Indian journal of veterinary science and animal husbandry - Volume 13,
Year: 1943
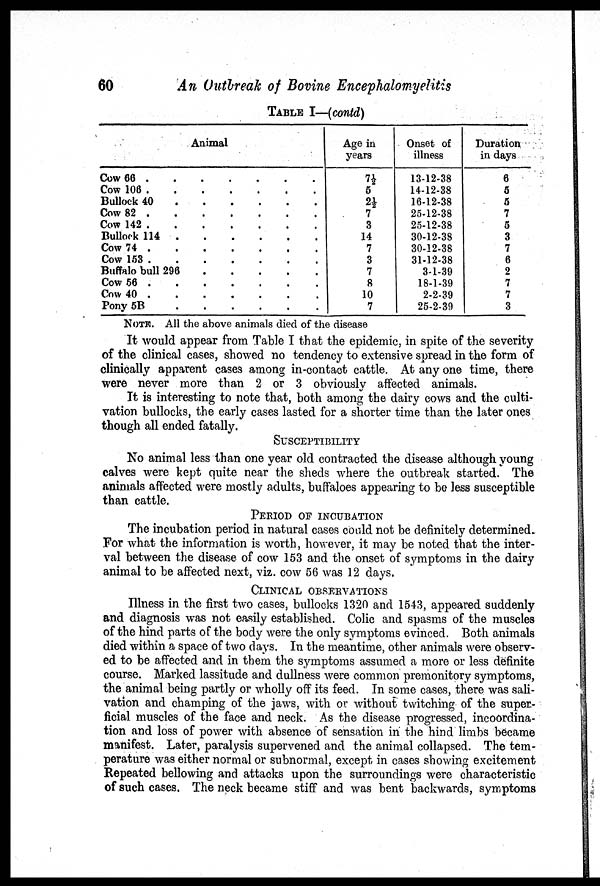
60
An Outbreak of Bovine Encephalomyelitis
TABLE I—(contd)
Animal
Cow 66 . . . . .
Cow 106
.
.
.
.
.
Bullock 40 . . . . .
Cow 82
..
.
.
.
Cow 142 . . . .
Bullock 114 . . .
.
Cow 74 . . . . .
Cow 153 .. . . .
Buffalo bull 296 . . . .
Cow 56 . . . . .
Cow 40 . . . ..
Pony 5B . . . . .
Age in
years
7½ 5
2½ 7
3
14
7
3
7
8
10
7
Onset of
illness
13-12-38
14-12-38
16-12-38
25-12-38
25-12-38
30-12-38
30-12-38
31-12-38
3-1-39
18-1-39
2-2-39
25-2-39
Duration
in days
6
5
5
7
5
3
7
6
2
7
7
3
NOTE. All the above animals died of the disease
It would appear from Table I that the epidemic, in spite of the severity
of the clinical cases, showed no tendency to extensive spread in the form of
clinically apparent cases among in-contact cattle. At any one time, there
were never more than 2 or 3 obviously affected animals.
It is interesting to note that, both among the dairy cows and the culti-
vation bullocks, the early cases lasted for a shorter time than the later ones
though all ended fatally.
SUSCEPTIBILITY
No animal less than one year old contracted the disease although young
calves were kept quite near the sheds where the outbreak started. The
animals affected were mostly adults, buffaloes appearing to be less susceptible
than cattle.
PERIOD OF INCUBATION
The incubation period in natural cases could not be definitely determined.
For what the information is worth, however, it may be noted that the inter-
val between the disease of cow 153 and the onset of symptoms in the dairy
animal to be affected next, viz. cow 56 was 12 days.
CLINICAL OBSERVATIONS
Illness in the first two cases, bullocks 1320 and 1543, appeared suddenly
and diagnosis was not easily established. Colic and spasms of the muscles
of the hind parts of the body were the only symptoms evinced. Both animals
died within a space of two days. In the meantime, other animals were observ-
ed to be affected and in them the symptoms assumed a more or less definite
course. Marked lassitude and dullness were common premonitory symptoms,
the animal being partly or wholly off its feed. In some cases, there was sali-
vation and champing of the jaws, with or without twitching of the super-
ficial muscles of the face and neck. As the disease progressed, incoordina-
tion and loss of power with absence of sensation in the hind limbs became
manifest. Later, paralysis supervened and the animal collapsed. The tem-
perature was either normal or subnormal, except in cases showing excitement
Repeated bellowing and attacks upon the surroundings were characteristic
of such cases. The neck became stiff and was bent backwards, symptoms